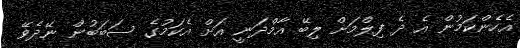
އެހެންކަމުން އެ ދެ ފިލްމަށް ލިބޭ އާމްދަނީ އަށް އެކަމުގެ ސަބަބުން ނޭދެވޭ